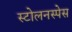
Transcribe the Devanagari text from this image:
स्टोलनस्पेस